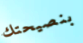
بنصيحتك